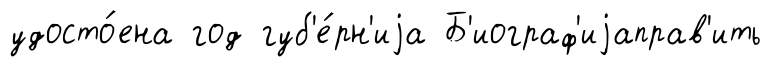
удосто́ена год губ'е́рн'иjа Б'иограф'иjаправ'ить